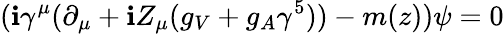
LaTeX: (\mathbf{i}\gamma^{\mu}(\partial_{\mu}+\mathbf{i}Z_{\mu}(g_{V}+g_{A}\gamma^{5}))-m(z))\psi=0